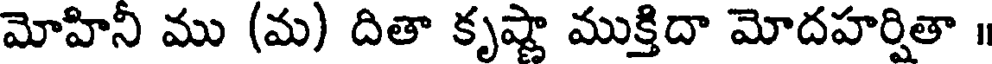
మోహినీ ము (మ) దితా కృష్ణా ముక్తిదా మోదహర్షితా